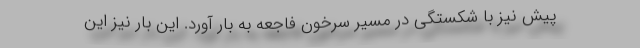
پیش نیز با شکستگی در مسیر سرخون فاجعه به بار آورد. این بار نیز این